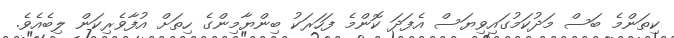
ކިތަންމެ ބަސް މަދުކަމުގައިވިޔަސް އެފަދަ ކޮންމެ ފަހަރަކު ބިންޔާމިންގެ ހިތަށް އުފާވެރިކަން ލިބެއެވެ.